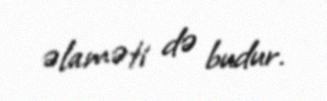
əlaməti də budur.